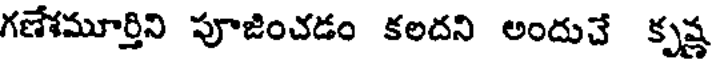
గణేశమూర్తిని పూజించడం కలదని అందుచే కృష్ణ